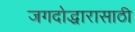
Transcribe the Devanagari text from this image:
जगदोद्धारासाठी